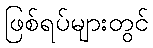
ဖြစ်ရပ်များတွင်